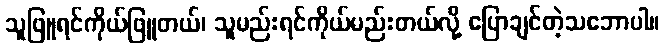
သူဖြူရင်ကိုယ်ဖြူတယ်၊ သူမည်းရင်ကိုယ်မည်းတယ်လို့ ပြောချင်တဲ့သဘောပါ။